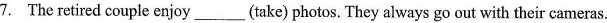
7. The retired couple enjoy__(take) photos. They always go out with their cameras.